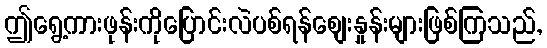
ဤရွေ့ကားဖုန်းကိုပြောင်းလဲပစ်ရန်စျေးနှုန်းများဖြစ်ကြသည်,